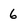
Character: 6